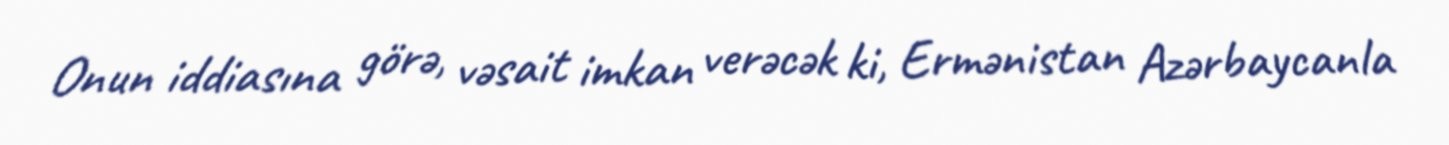
Onun iddiasına görə, vəsait imkan verəcək ki, Ermənistan Azərbaycanla